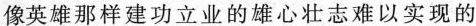
像英雄那样建功立业的雄心壮志难以实现的